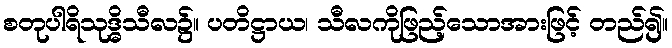
စတုပါရိသုဒ္ဓိသီလ၌။ ပတိဋ္ဌာယ၊ သီလကိုဖြည့်သောအားဖြင့် တည်၍။